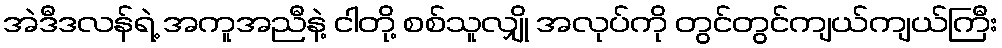
အဲဒီဒလန်ရဲ့ အကူအညီနဲ့ ငါတို့ စစ်သူလျှို အလုပ်ကို တွင်တွင်ကျယ်ကျယ်ကြီး